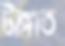
টাঙ্গাত